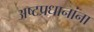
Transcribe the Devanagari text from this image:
अष्टप्रधानांना